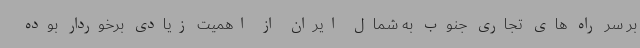
بر سر راه های تجاری جنوب به شمال ایران از اهمیت زیادی برخوردار بوده